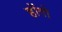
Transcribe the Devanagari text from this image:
होंगो